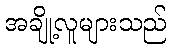
အချို့လူများသည်